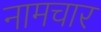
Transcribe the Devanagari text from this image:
नामचार